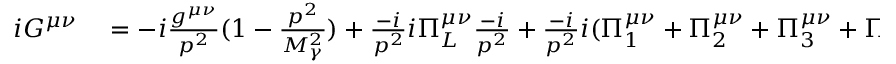
\begin{array} { r l } { i G ^ { \mu \nu } } & { { } = - i \frac { g ^ { \mu \nu } } { p ^ { 2 } } ( 1 - \frac { p ^ { 2 } } { M _ { \gamma } ^ { 2 } } ) + \frac { - i } { p ^ { 2 } } i \Pi _ { L } ^ { \mu \nu } \frac { - i } { p ^ { 2 } } + \frac { - i } { p ^ { 2 } } i ( \Pi _ { 1 } ^ { \mu \nu } + \Pi _ { 2 } ^ { \mu \nu } + \Pi _ { 3 } ^ { \mu \nu } + \Pi _ { 4 } ^ { \mu \nu } + \Pi _ { 5 } ^ { \mu \nu } + \Pi _ { 6 } ^ { \mu \nu } ) \frac { - i } { p ^ { 2 } } = } \end{array}